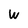
Character: w